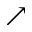
\nearrow